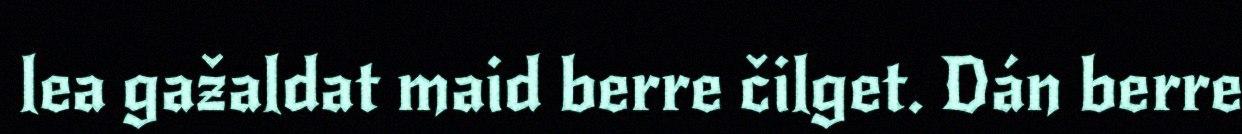
lea gažaldat maid berre čilget. Dán berre